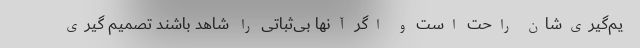
یم‌گیری‌شان راحت است و اگر آنها بی‌ثباتی را شاهد باشند تصمیم گیری